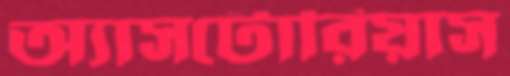
অ্যাসটোরিয়াস